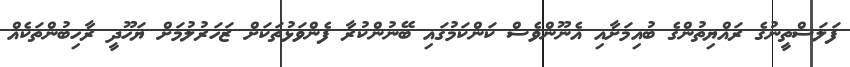
ފަލަސްތީނުގެ ރައްޔިތުންގެ ބުއިމަށާއި އެނޫންވެސް ކަންކަމުގައި ބޭނުންކުރާ ފެންވަޅުތަކަށް ޒަހަރުލުމަށް ޔަހޫދީ ރާހިބުންތަކެއް